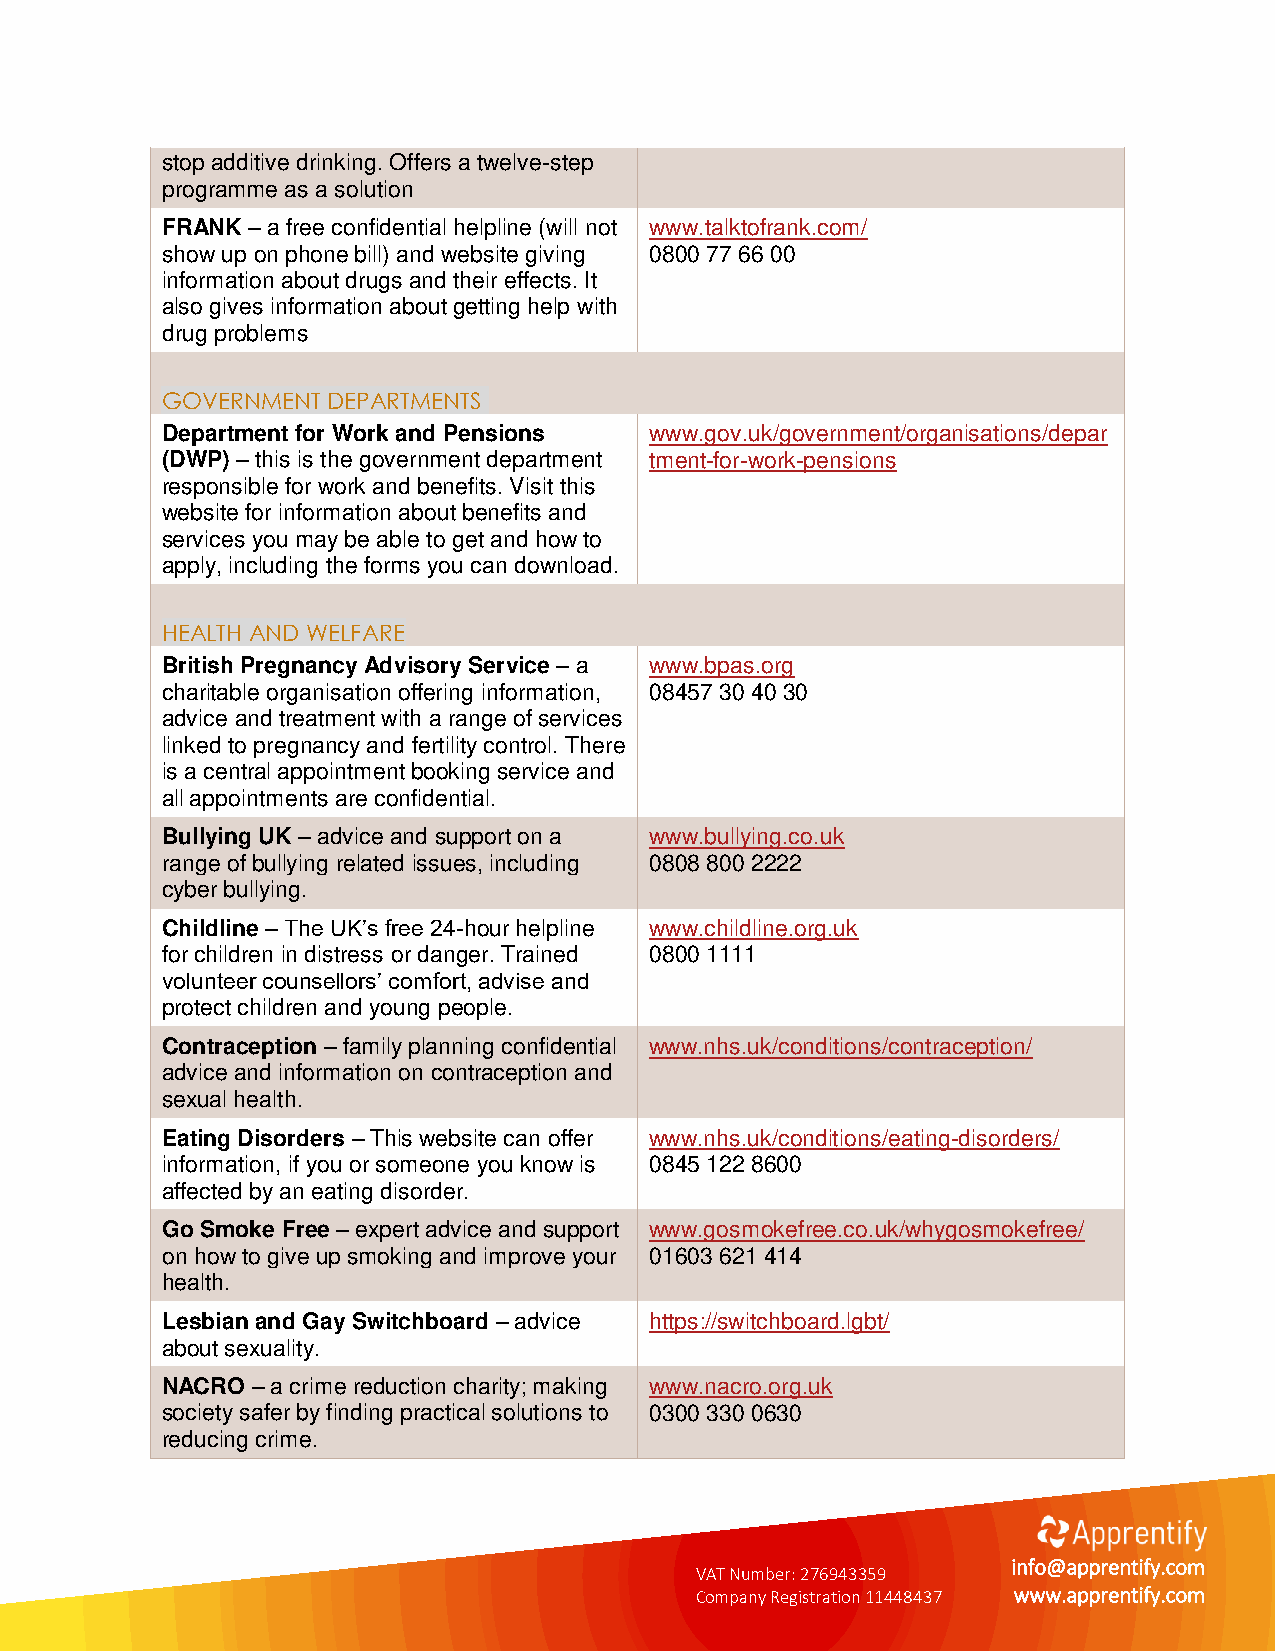
stop additive drinking. Offers a twelve-step
 programme as a solution
 FRANK – a free confidential helpline (will not www.talktofrank.com/
 show up on phone bill) and website giving 0800 77 66 00
 information about drugs and their effects. It
 also gives information about getting help with
 drug problems
 GOVERNMENT DEPARTMENTS
 Department for Work and Pensions www.gov.uk/government/organisations/depar
 (DWP) – this is the government department tment-for-work-pensions
 responsible for work and benefits. Visit this
 website for information about benefits and
 services you may be able to get and how to
 apply, including the forms you can download.
 HEALTH AND WELFARE
 British Pregnancy Advisory Service – a www.bpas.org
 charitable organisation offering information, 08457 30 40 30
 advice and treatment with a range of services
 linked to pregnancy and fertility control. There
 is a central appointment booking service and
 all appointments are confidential.
 Bullying UK – advice and support on a www.bullying.co.uk
 range of bullying related issues, including 0808 800 2222
 cyber bullying.
 Childline – The UK’s free 24-hour helpline www.childline.org.uk
 for children in distress or danger. Trained 0800 1111
 volunteer counsellors’ comfort, advise and
 protect children and young people.
 Contraception – family planning confidential www.nhs.uk/conditions/contraception/
 advice and information on contraception and
 sexual health.
 Eating Disorders – This website can offer www.nhs.uk/conditions/eating-disorders/
 information, if you or someone you know is 0845 122 8600
 affected by an eating disorder.
 Go Smoke Free – expert advice and support www.gosmokefree.co.uk/whygosmokefree/
 on how to give up smoking and improve your 01603 621 414
 health.
 Lesbian and Gay Switchboard – advice https://switchboard.lgbt/
 about sexuality.
 NACRO – a crime reduction charity; making www.nacro.org.uk
 society safer by finding practical solutions to 0300 330 0630
 reducing crime.
 VAT Number: 276943359
 info@apprentify.com
 Company Registration 11448437 www.apprentify.com